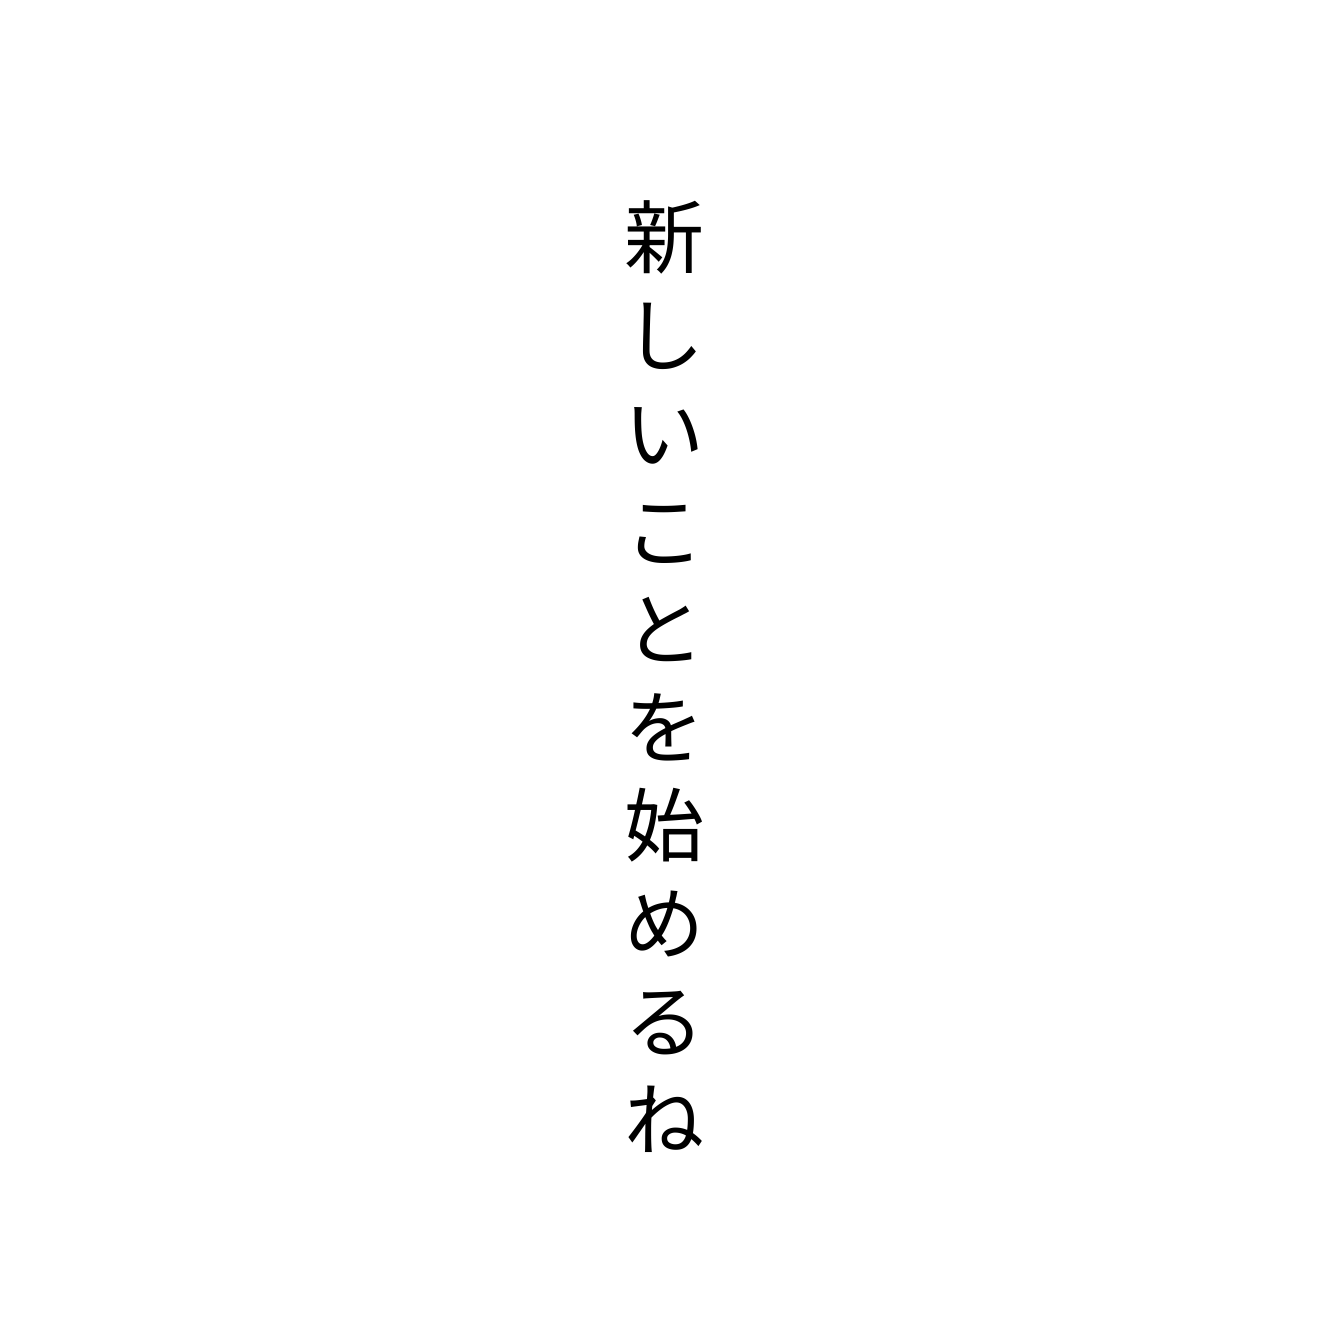
新しいことを始めるね